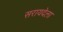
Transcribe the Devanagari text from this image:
सरायदेला